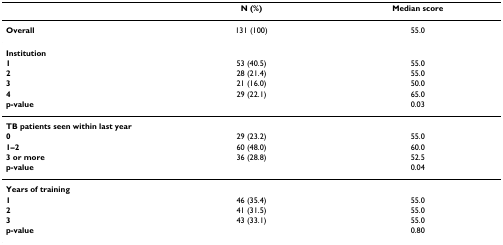
<table><thead><tr><td></td><td><b>N (%)</b></td><td><b>Median score</b></td></tr></thead><tbody><tr><td><b>Overall</b></td><td>131 (100)</td><td>55.0</td></tr><tr><td><b>Institution</b></td><td></td><td></td></tr><tr><td><b>1</b></td><td>53 (40.5)</td><td>55.0</td></tr><tr><td><b>2</b></td><td>28 (21.4)</td><td>55.0</td></tr><tr><td><b>3</b></td><td>21 (16.0)</td><td>50.0</td></tr><tr><td><b>4</b></td><td>29 (22.1)</td><td>65.0</td></tr><tr><td><b>p-value</b></td><td></td><td>0.03</td></tr><tr><td><b>TB patients seen within last year</b></td><td></td><td></td></tr><tr><td><b>0</b></td><td>29 (23.2)</td><td>55.0</td></tr><tr><td><b>1–2</b></td><td>60 (48.0)</td><td>60.0</td></tr><tr><td><b>3 or more</b></td><td>36 (28.8)</td><td>52.5</td></tr><tr><td><b>p-value</b></td><td></td><td>0.04</td></tr><tr><td><b>Years of training</b></td><td></td><td></td></tr><tr><td><b>1</b></td><td>46 (35.4)</td><td>55.0</td></tr><tr><td><b>2</b></td><td>41 (31.5)</td><td>55.0</td></tr><tr><td><b>3</b></td><td>43 (33.1)</td><td>55.0</td></tr><tr><td><b>p-value</b></td><td></td><td>0.80</td></tr></tbody></table>